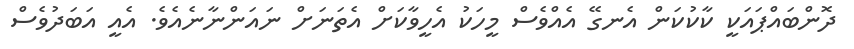
ދޮންބައްޕައަކީ ކާކުކަން އެނގޭ އެއްވެސް މީހަކު އެހީވާކަށް އެތަނަށް ނައަންނާނެއެވެ. އެއީ އަބަދުވެސް